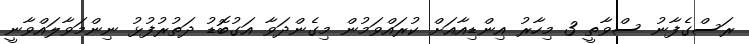
ރަސްގެފާނު ސްވާތީ 3 މިހާރު އިންޑިއާއަށް ކުރައްވަމުން މިގެންދަވާ އަގުބޮޑު ދަތުރުފުޅު ނިންމަވާލައްވާނީ